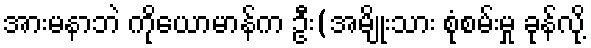
အားမနာဘဲ ကိုယောမာန်က ဦး(အမျိုးသား စုံစမ်းမှု ခုန်လို့